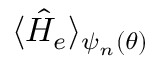
\langle \hat { H } _ { e } \rangle _ { \psi _ { n } ( \theta ) }